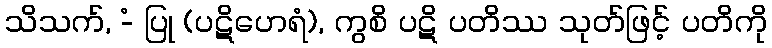
သိသက်, -ံ ပြု (ပဋိဟေရံ), ကွစိ ပဋိ ပတိဿ သုတ်ဖြင့် ပတိကို